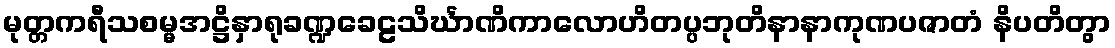
မုတ္တကရီသစမ္မအဋ္ဌိနှာရုခဏ္ဍခေဠသိင်္ဃာဏိကာလောဟိတပ္ပဘုတိနာနာကုဏပဇာတံ နိပတိတွာ